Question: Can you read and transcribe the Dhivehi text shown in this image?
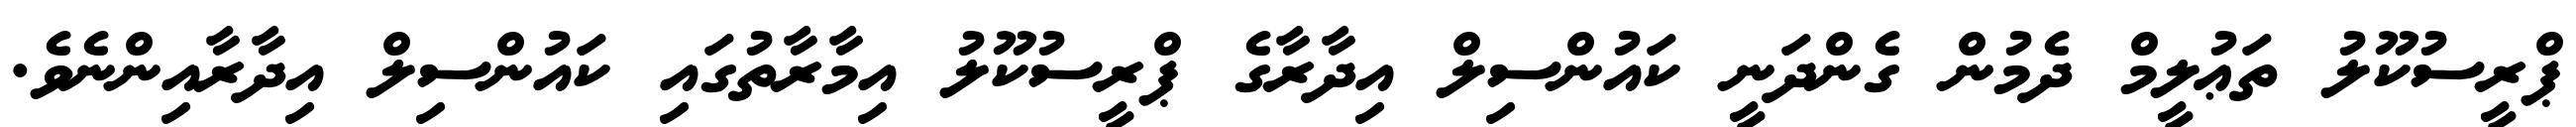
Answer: ޕްރީސުކޫލު ތަޢުލީމް ދެމުން ގެންދަނީ ކައުންސިލް އިދާރާގެ ޕްރީސުކޫލު އިމާރާތުގައި ކައުންސިލް އިދާރާއިންނެވެ.